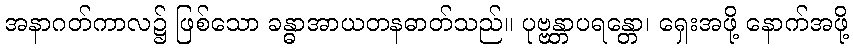
အနာဂတ်ကာလ၌ ဖြစ်သော ခန္ဓာအာယတနဓာတ်သည်။ ပုဗ္ဗန္တာပရန္တော၊ ရှေးအဖို့ နောက်အဖို့